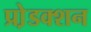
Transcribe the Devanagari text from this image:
प्रो़डक्शन